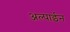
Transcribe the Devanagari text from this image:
अल्पाईन